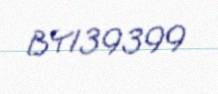
BY139399